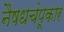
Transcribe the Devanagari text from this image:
नैषधचंपूकार